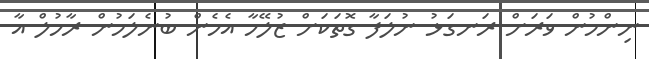
ނިންމުން ވަރަށް ރަނގަޅު ނުލަފާ ގޮތަކަށް ޒުލޭހާ އެހެން ބުނެލަމުން ރާހުލް އާ